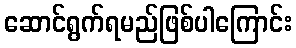
ဆောင်ရွက်ရမည်ဖြစ်ပါကြောင်း